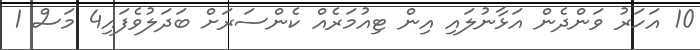
10 އަހަރު ވަންދެން އަޅާނުލައި އިން ޓިއުމަރެއް ކެންސަރަށް ބަދަލުވެފައި4 މަސް 1